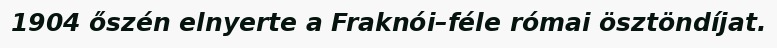
1904 őszén elnyerte a Fraknói–féle római ösztöndíjat.